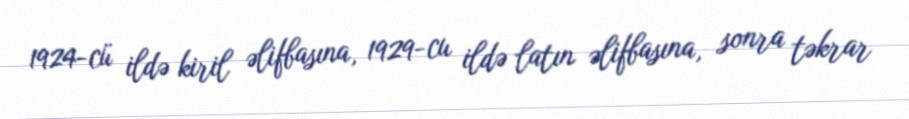
1924-cü ildə kiril əlifbasına, 1929-cu ildə latın əlifbasına, sonra təkrar